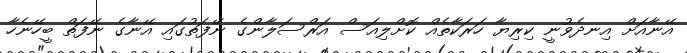
އޭނާއަށް އިނދެވުނީ ކިރިޔާ ހަރަކާތެއް ކޮށްލިއަސް އަރްސަލާންގެ ނޭފަތުގައި އޭނާގެ ނޭފަތް ބީހޭނެހާ